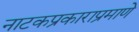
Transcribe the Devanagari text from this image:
नाटकप्रकाराप्रमाणे